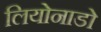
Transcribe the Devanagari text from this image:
लियोनाडो